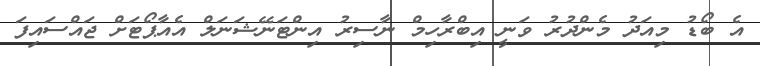
އެ ބޯޑު މިއަދު މެންދުރު ވަނީ އިބްރާހިމް ނާސިރު އިންޓަނޭޝަނަލް އެއާޕޯޓަށް ޖައްސައިފަ